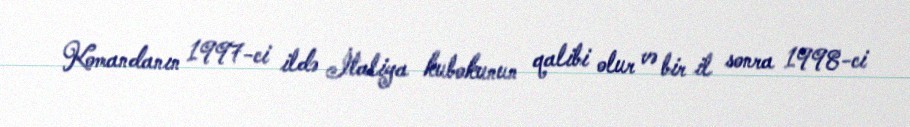
Komandanın 1997-ci ildə İtaliya kubokunun qalibi olur və bir il sonra 1998-ci